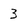
Character: 3